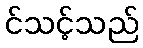
င်သင့်သည်